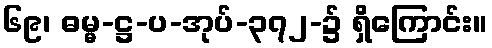
၆၉၊ ဓမ္မ-ဋ္ဌ-ပ-အုပ်-၃၇၂-၌ ရှိကြောင်း။